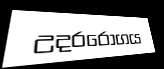
උදරරෝගය